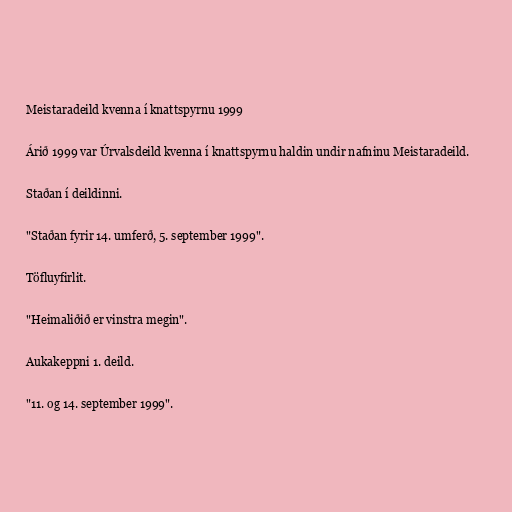
Meistaradeild kvenna í knattspyrnu 1999

Árið 1999 var Úrvalsdeild kvenna í knattspyrnu haldin undir nafninu Meistaradeild.

Staðan í deildinni.

"Staðan fyrir 14. umferð, 5. september 1999".

Töfluyfirlit.

"Heimaliðið er vinstra megin".

Aukakeppni 1. deild.

"11. og 14. september 1999".